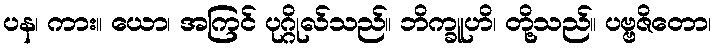
ပန၊ ကား။ ယော၊ အကြင် ပုဂ္ဂိုလ်သည်။ ဘိက္ခူဟိ၊ တို့သည်။ ပဗ္ဗဇိတော၊